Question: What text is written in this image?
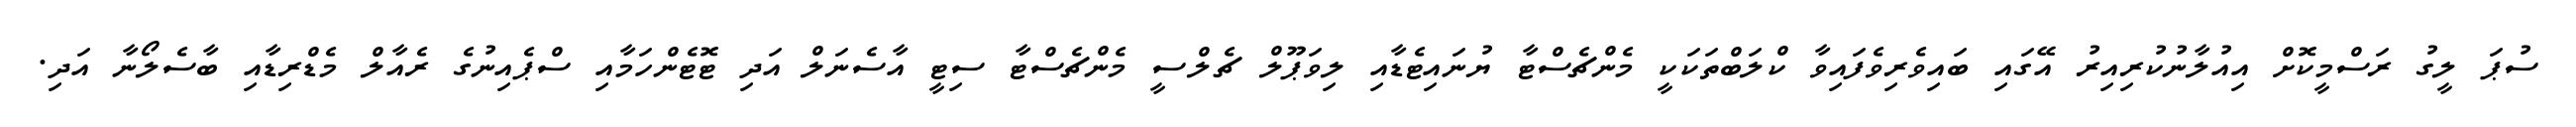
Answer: ސުޕަ ލީގު ރަސްމީކޮށް އިއުލާނުކުރިއިރު އޭގައި ބައިވެރިވެފައިވާ ކްލަބްތަކަކީ މެންޗެސްޓާ ޔުނައިޓެޑާއި ލިވަޕޫލް ޗެލްސީ މެންޗެސްޓާ ސިޓީ އާސެނަލް އަދި ޓޮޓެންހަމާއި ސްޕެއިނުގެ ރެއާލް މެޑްރިޑާއި ބާސެލޯނާ އަދި.